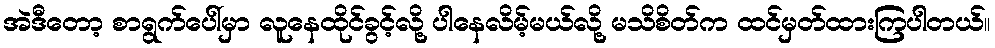
အဲဒီတော့ စာရွက်ပေါ်မှာ လူနေထိုင်ခွင့်လို့ ပါနေလိမ့်မယ်လို့ မသိစိတ်က ထင်မှတ်ထားကြပါတယ်။